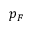
p _ { F }